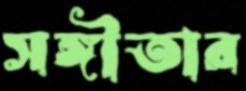
সঙ্গীতার